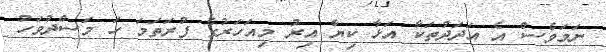
ނަމަވެސް އެ އަދަދުތަކާ އަޅާ ކިޔާ އިރު މިއަހަރުގެ ފުރަތަމަ ހަ މަސްދުވަހު